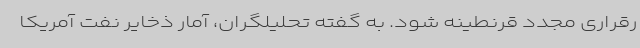
رقراری مجدد قرنطینه شود. به گفته تحلیلگران، آمار ذخایر نفت آمریکا